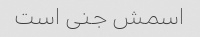
اسمش جنی است